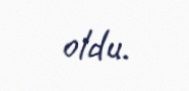
oldu.